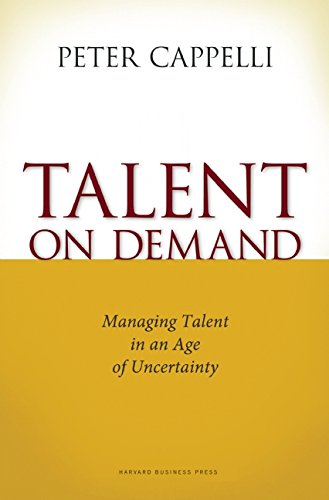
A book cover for Talent on Demand: Managing Talent in an Age of Uncertainty; Peter Cappelli; Business & Money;